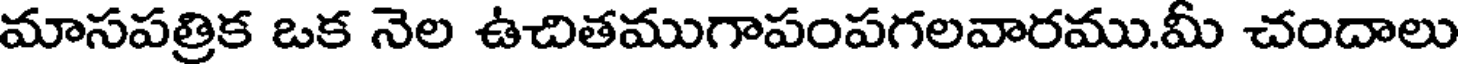
మాసపత్రిక ఒక నెల ఉచితముగాపంపగలవారము.మీ చందాలు